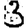
Digit: 3